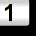
Digit: 1